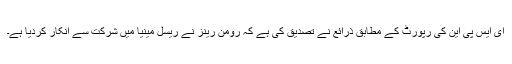
ای ایس پی این کی رپورٹ کے مطابق ذرائع نے تصدیق کی ہے کہ رومن رینز نے ریسل مینیا میں شرکت سے انکار کردیا ہے۔